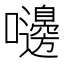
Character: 𪢥